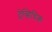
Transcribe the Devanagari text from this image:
ट्रेव्हिथिक